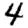
Digit: 4